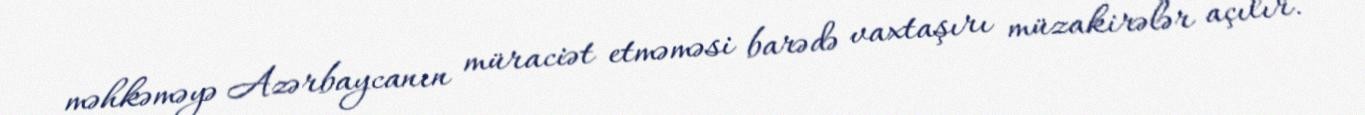
məhkəməyə Azərbaycanın müraciət etməməsi barədə vaxtaşırı müzakirələr açılır.